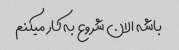
باشه الان شروع به کار میکنم